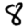
Digit: 8